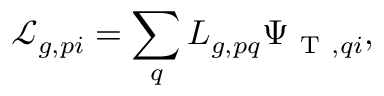
\mathcal { L } _ { g , p i } = \sum _ { q } L _ { g , p q } \Psi _ { \mathrm { ~ T ~ } , q i } ,